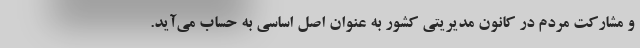
و مشارکت مردم در کانون مدیریتی کشور به عنوان اصل اساسی به حساب می‌آید.